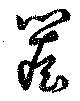
簷